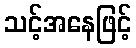
သင့်အနေဖြင့်